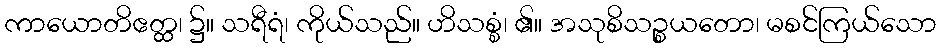
ကာယောတိဧတ္ထ၊ ၌။ သရီရံ၊ ကိုယ်သည်။ ဟိသစ္စံ၊ ၏။ အသုစိသဉ္စယတော၊ မစင်ကြယ်သော